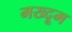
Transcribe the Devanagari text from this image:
मख्दूम